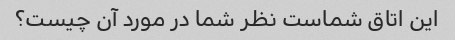
این اتاق شماست نظر شما در مورد آن چیست؟